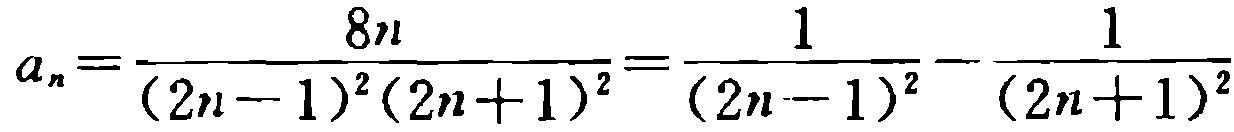
\[a_{n}=\frac{8n}{(2n - 1)^{2}(2n + 1)^{2}}=\frac{1}{(2n - 1)^{2}}-\frac{1}{(2n + 1)^{2}}\]